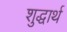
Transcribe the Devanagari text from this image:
शुद्धार्थ